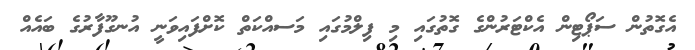
އެގޮތުން ސަޕޯޓިން އެކްޓަރުންގެ ގޮތުގައި މި ފިލްމުގައި މަސއްކަތް ކޮށްފައިވަނީ އުނގޫފާރުގެ ބައެއް